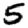
Digit: 5